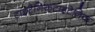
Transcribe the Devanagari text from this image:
टाइटैनिकटाइटेनिक